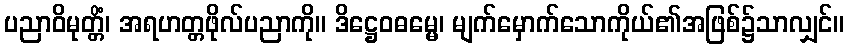
ပညာဝိမုတ္တိံ၊ အရဟတ္တဖိုလ်ပညာကို။ ဒိဋ္ဌေဝဓမ္မေ၊ မျက်မှောက်သောကိုယ်၏အဖြစ်၌သာလျှင်။